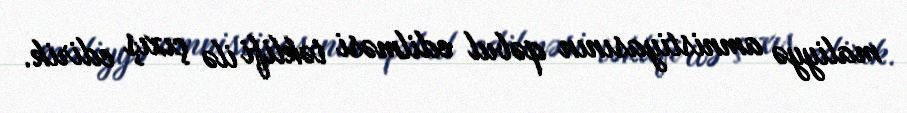
maliyyə amnistiyasının qəbul edilməsi təklifi ilə çıxış edirik.